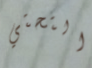
التحتي